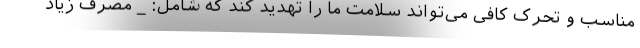
مناسب و تحرک کافی می‌تواند سلامت ما را تهدید کند که شامل: _ مصرف زیاد